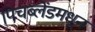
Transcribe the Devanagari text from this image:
पिचब्लेंडमधून